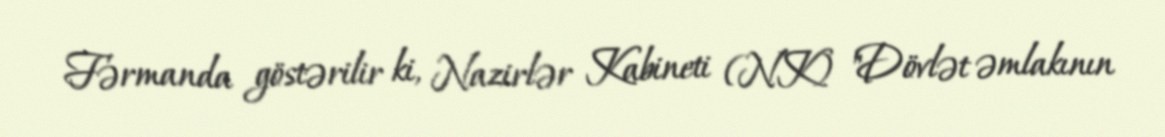
Fərmanda göstərilir ki, Nazirlər Kabineti (NK) "Dövlət əmlakının